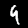
Label: 4